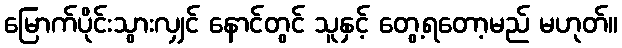
မြောက်ပိုင်းသွားလျှင် နောင်တွင် သူနှင့် တွေ့ရတော့မည် မဟုတ်။